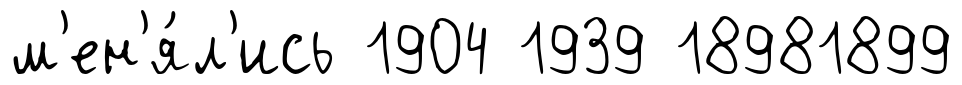
м'ен'я́л'ись 1904 1939 18981899